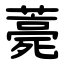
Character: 薧